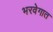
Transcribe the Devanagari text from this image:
भरवेगात